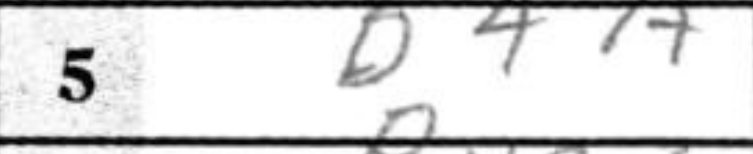
Transcription: B4a